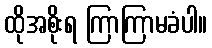
ထိုအစိုးရ ကြာကြာမခံပါ။